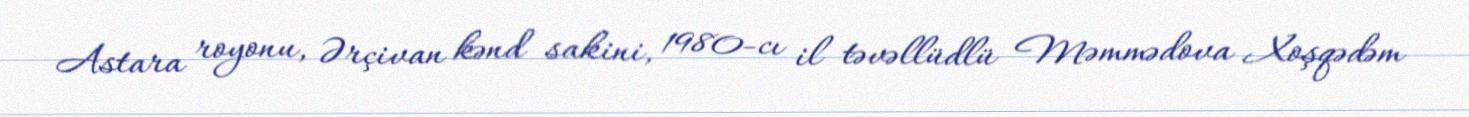
Astara royonu, Ərçivan kənd sakini, 1980-cı il təvəllüdlü Məmmədova Xoşqədəm